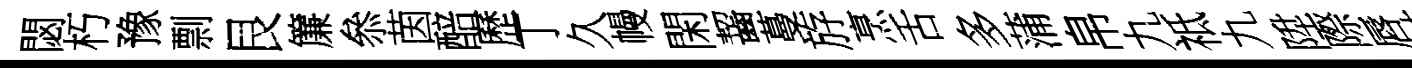
閟朽豫剽艮簾叅茵醅歷丁久幔閑齧蔓斿烹舌多蒲帛九祗九陞際唇詰